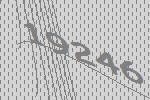
19246